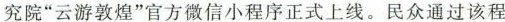
究院”云游敦煌”官方微信小程序正式上线。民众通过该程